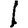
Digit: 1